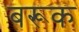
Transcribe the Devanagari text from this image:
बरूक